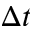
\Delta t